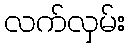
လက်လှမ်း